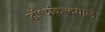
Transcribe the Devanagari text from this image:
डॉ॰शंकरदयाल